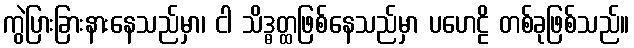
ကွဲပြားခြားနားနေသည်မှာ၊ ငါ သိဒ္ဓတ္ထဖြစ်နေသည်မှာ ပဟေဠိ တစ်ခုဖြစ်သည်။